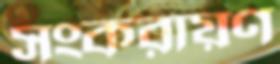
সংকরায়ণ